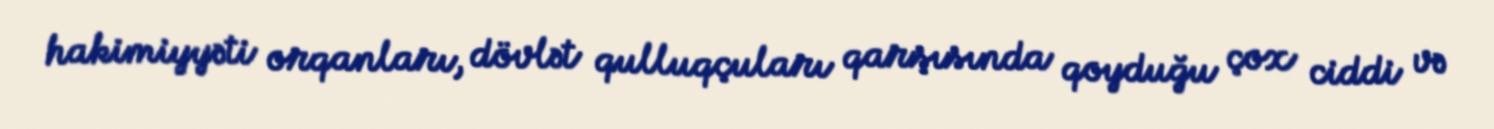
hakimiyyəti orqanları, dövlət qulluqçuları qarşısında qoyduğu çox ciddi və